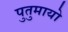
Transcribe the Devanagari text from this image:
पुतुमायो